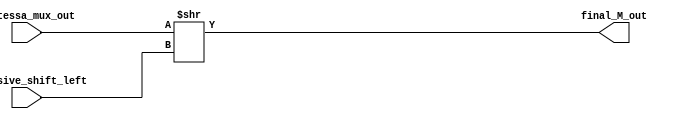
module final_output_1 (mantessa_mux_out , excessive_shift_left , final_M_out);
input [23:0]mantessa_mux_out;
input [9:0]excessive_shift_left;
output reg [22:0]final_M_out;
always@(*)
begin
    final_M_out = mantessa_mux_out >> excessive_shift_left;
end
endmodule